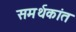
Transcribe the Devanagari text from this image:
समर्थकांत